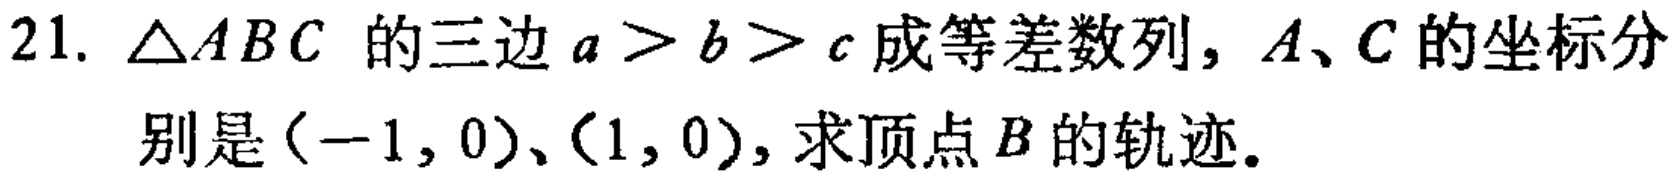
21. $\triangle ABC$ 的三边 $a > b > c$ 成等差数列，$A、C$ 的坐标分别是$(-1,0)$、$(1,0)$，求顶点$B$的轨迹。